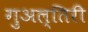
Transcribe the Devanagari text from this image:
गुअल्तिरी